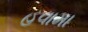
હવામા